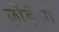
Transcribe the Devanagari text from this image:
छोडें़गे